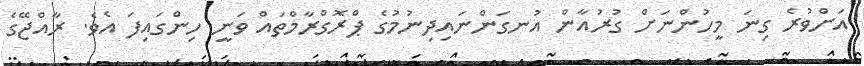
އަށްވުރެ ގިނަ މީހުންނަށް ގުރުއާން އުނގަންނައިދިނުމުގެ ޕްރޮގްރާމްތައް ވަނީ ހިންގައިފަ އެވެ. ރާއްޖޭގެ